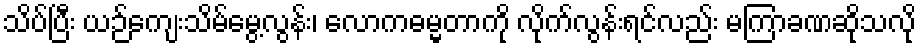
သိပ်ပြီး ယဉ်ကျေးသိမ်မွေ့လွန်း၊ လောကဓမ္မတာကို လိုက်လွန်းရင်လည်း မကြာခဏဆိုသလို